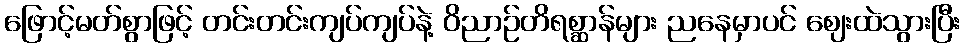
ဖြောင့်မတ်စွာဖြင့် တင်းတင်းကျပ်ကျပ်နဲ့ ဝိညာဉ်တိရစ္ဆာန်များ ညနေမှာပင် ဈေးထဲသွားပြီး